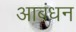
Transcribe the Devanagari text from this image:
आबंधन